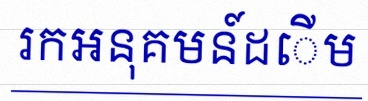
រកអនុគមន៍ដើម